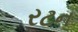
રટન